Civil Veterinary Dept. Assam report 1927-50 - 1927-1950
Year: 1927
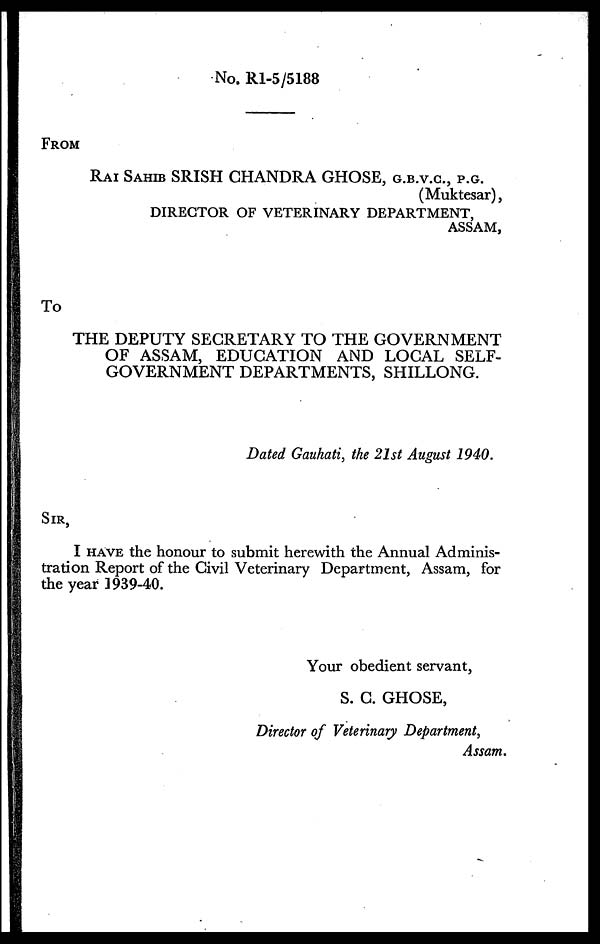
No. R1-5/5188
FROM
RAI SAHIB SRISH CHANDRA GHOSE, G.B.V.C., P.G..
(Muktesar),
DIRECTOR OF VETERINARY DEPARTMENT,
ASSAM,
To
THE DEPUTY SECRETARY TO THE GOVERNMENT
OF ASSAM, EDUCATION AND LOCAL SELF-
GOVERNMENT DEPARTMENTS, SHILLONG.
Dated Gauhati, the 21st August 1940.
SIR,
I HAVE the honour to submit herewith the Annual Adminis-
tration Report of the Civil Veterinary Department, Assam, for
the year 1939-40.
Your obedient servant,
S. C. GHOSE,
Director of Veterinary Department,
Assam.